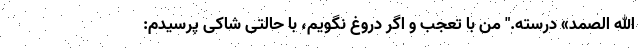
الله الصمد» درسته." من با تعجب و اگر دروغ نگویم، با حالتی شاکی پرسیدم: